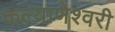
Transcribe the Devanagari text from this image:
कल्याणेश्वरी